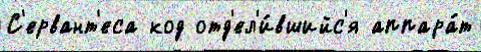
С'ервант'еса код отд'ел'и́вшийс'я аппара́т